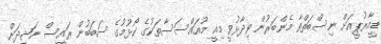
ޑީއާރުޕީއަށް ނިސްބަތްވާ މެންބަރުން ވިދާޅުވީ މިއީ މުއައްސަސާތަކުގެ ކޯޅުމުގެ ސަބަބުން ރައީސް ނަޝީދަށް